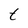
Character: t